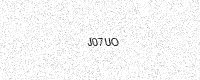
Text: J07UO